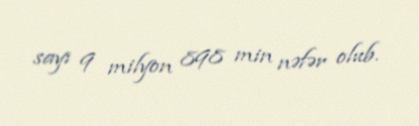
sayı 9 milyon 898 min nəfər olub.